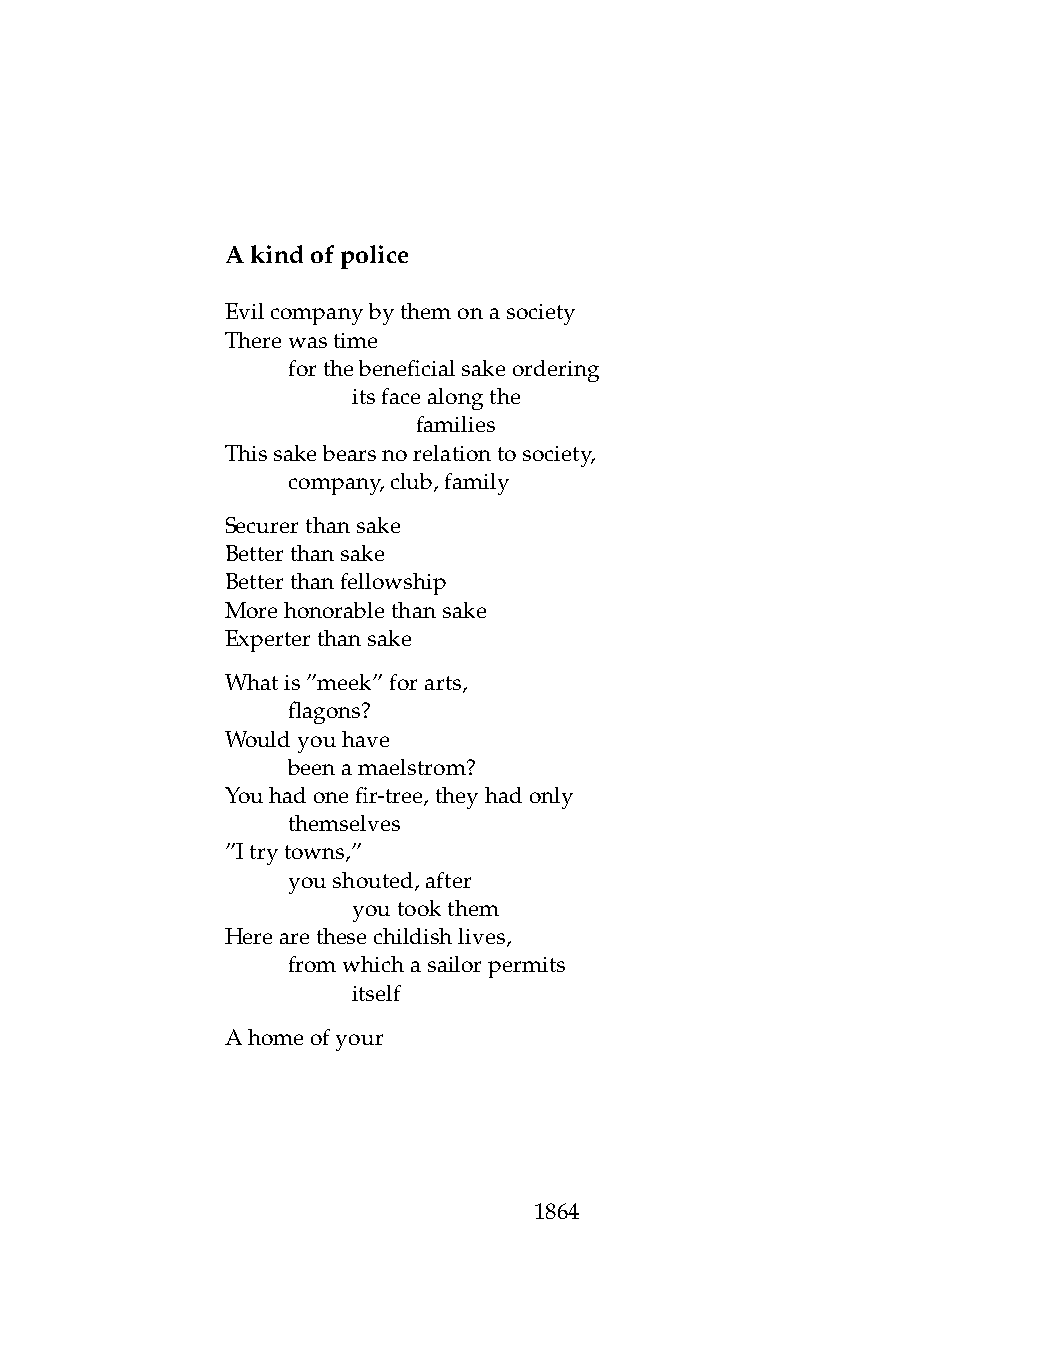
Akindofpolice
 Evilcompanybythemonasociety
 Therewastime
 .   forthebeneficialsakeordering
 .   .   itsfacealongthe
 .   .   .    families
 Thissakebearsnorelationtosociety,
 .   company,club,family
 Securerthansake
 Betterthansake
 Betterthanfellowship
 Morehonorablethansake
 Experterthansake
 Whatis”meek”forarts,
 .   flagons?
 Wouldyouhave
 .   beenamaelstrom?
 Youhadonefir-tree,theyhadonly
 .   themselves
 ”Itrytowns,”
 .   youshouted,after
 .   .   youtookthem
 Herearethesechildishlives,
 .   fromwhichasailorpermits
 .   .   itself
 Ahomeofyour
 1864